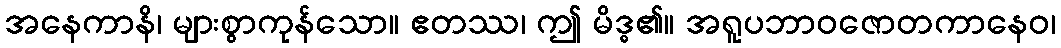
အနေကာနိ၊ များစွာကုန်သော။ ဧတဿ၊ ဤ မိဒ္ဓ၏။ အရူပဘာဝဇောတကာနေဝ၊